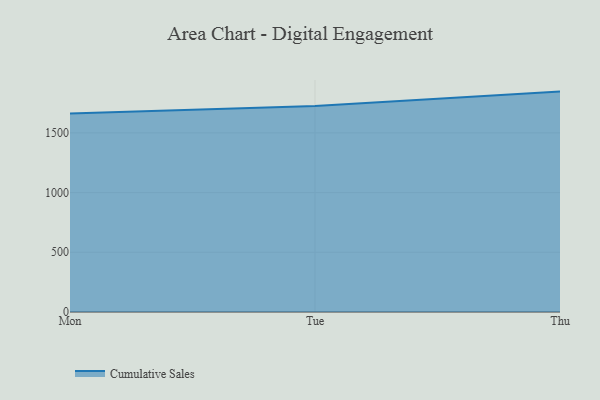
{"axis": {"x": "Day", "y": "Waste Production (Tons)"}, "legend": ["Cumulative Sales"], "data": [{"x": "Mon", "y": 1662.4, "type": "Cumulative Sales"}, {"x": "Tue", "y": 1725.8, "type": "Cumulative Sales"}, {"x": "Thu", "y": 1845.7, "type": "Cumulative Sales"}]}